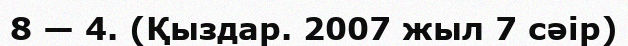
8 — 4. (Қыздар. 2007 жыл 7 сәір)